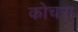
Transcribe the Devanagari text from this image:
कोचरा